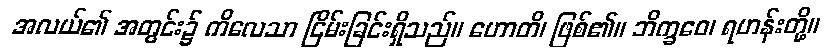
အလယ်၏ အတွင်း၌ ကိလေသာ ငြိမ်းခြင်းရှိသည်။ ဟောတိ၊ ဖြစ်၏။ ဘိက္ခဝေ၊ ရဟန်းတို့။